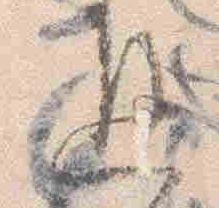
返